Vaccination in Bombay 1913-1923 - 1913-1923
Year: 1913
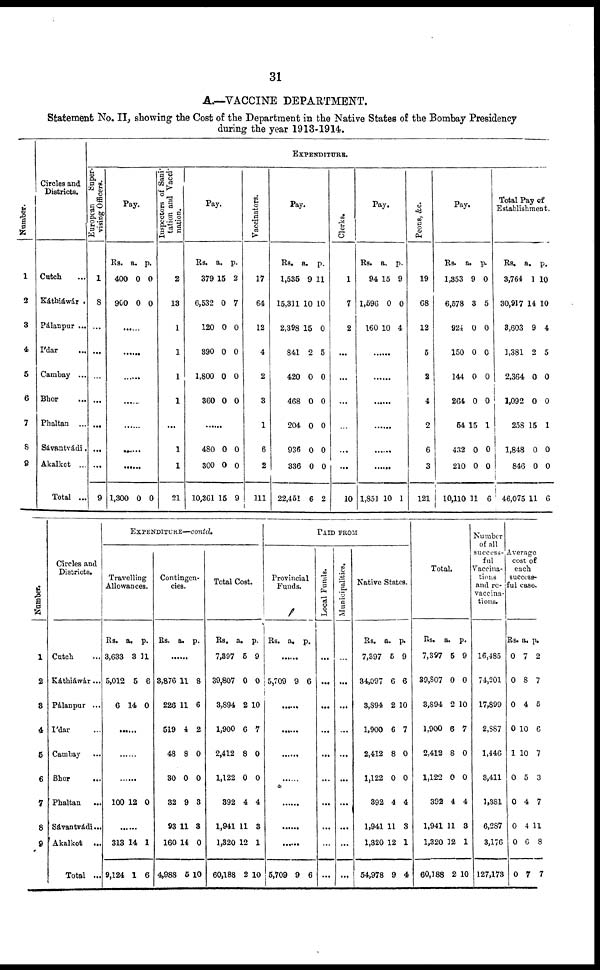
31
A.—VACCINE DEPARTMENT.
Statement No. II, showing the Cost of the Department in the Native States of the Bombay Presidency
during the year 1913-1914.
Number.
1
2
3
4
5
6
7
8
9
Circles and
Districts.
Cutch ...
Káthiáwár .
Pálanpur ...
Ídar ...
Cambay ...
Bhor ...
Phaltan ...
Sávantvádi.
Akalkot ...
Total ...
EXPENDITURE.
European
Super-
vising Officers.
1
8
...
...
...
...
...
...
...
9
Pay.
Rs.
400
900
a.
0
0
p.
0
0
......
......
......
......
......
......
......
1,300 0 0
Inspectors of Sani-
tation and Vacci-
nation.
2
13
1
1
1
1
...
1
1
21
Pay.
Rs.
379
6,532
120
390
1,800
360
a.
15
0
0
0
0
0
p.
2
7
0
0
0
0
......
480
300
10,361
0
0
15
0
0
9
Vaccinators.
17
64
12
4
2
3
1
6
2
111
Pay.
Rs.
1,535
15,311
2,398
841
420
468
204
936
336
22,451
a.
9
10
15
2
0
0
0
0
0
6
p.
11
10
0
5
0
0
0
0
0
2
Clerks.
1
7
2
...
...
...
...
...
...
10
Pay.
Rs.
94
1,596
160
a.
15
0
10
p.
9
0
4
......
......
......
......
......
......
1,851 10 1
Peons, &c.
19
68
12
5
2
4
2
6
3
121
Pay.
Rs.
1,353
6,578
924
150
144
264
54
432
210
10,110
a.
9
3
0
0
0
0
15
0
0
11
p.
0
5
0
0
0
0
1
0
0
6
Total Pay of
Establishment.
Rs.
3,764
30,917
3,603
1,381
2,364
1,092
258
1,848
846
46,075
a.
1
14
9
2
0
0
15
0
0
11
p.
10
10
4
5
0
0
1
0
0
6
Number.
1
2
3
4
5
6
7
8
9
Circles and
Districts.
Cutch ...
Káthiáwár...
Pálanpur ...
Ídar ...
Cambay ...
Bhor ...
Phaltan
...
Sávantvádi...
Akalkot ...
Total ...
EXPENDITURE—contd.
Travelling
Allowances.
Rs.
3,633
5,012
6
a.
3
5
14
p.
11
6
0
......
......
......
100 12 0
......
313
9,124
14
1
1
6
Contingen-
cies.
Rs. a. p.
......
3,876
226
519
48
30
32
93
160
4,988
11
11
4
8
0
9
11
14
5
8
6
2
0
0
3
3
0
10
Total Cost.
Rs.
7,397
39,807
3,894
1,900
2,412
1,122
392
1,941
1,320
60,188
a.
5
0
2
6
8
0
4
11
12
2
p.
9
0
10
7
0
0
4
3
1
10
PAID FROM
Provincial
Funds.
Rs. a. p.
......
5,709 9 6
......
......
......
......
......
......
......
5,709 9 6
Local Funds.
...
...
...
...
...
...
...
...
...
...
Municipalities.
...
...
...
...
...
...
...
...
...
...
Native States.
Rs.
7,397
34,097
3,894
1,900
2,412
1,122
392
1,941
1,320
54,978
a.
5
6
2
6
8
0
4
11
12
9
p.
9
6
10
7
0
0
4
3
1
4
Total.
Rs.
7,397
39,807
3,894
1,900
2,412
1,122
392
1,941
1,320
60,188
a.
5
0
2
6
8
0
4
11
12
2
p.
9
0
10
7
0
0
4
3
1
10
Number
of all
success-
ful
Vaccina-
tions
and re-
vaccina-
tions.
16,485
74,201
17,899
2,887
1,446
3,411
1,381
6,287
3,176
127,173
Average
cost of
each
success-
ful case.
Rs.
0
0
0
0
1
0
0
0
0
0
a.
7
8
4
10
10
5
4
4
6
7
p.
2
7
5
6
7
3
7
11
8
7